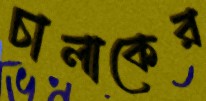
চালাকের